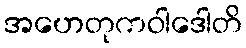
အဟေတုကဝါဒေါတိ